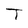
Character: T